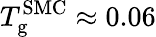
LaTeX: T_{\mathrm{g}}^{\mathrm{SMC}}\approx 0.06